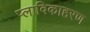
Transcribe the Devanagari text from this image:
प्लाविकाहरण